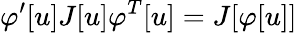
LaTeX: \varphi^{\prime}[u]J[u]\varphi^{T}[u]=J[\varphi[u]]